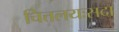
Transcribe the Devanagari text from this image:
चित्तलयःसदा